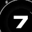
Digit: 7